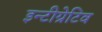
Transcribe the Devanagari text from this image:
इन्टीग्रेटिव